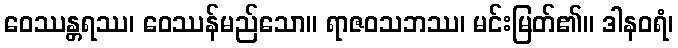
ဝေဿန္တရဿ၊ ဝေဿန်မည်သော။ ရာဇဝသဘဿ၊ မင်းမြတ်၏။ ဒါနဝရံ၊